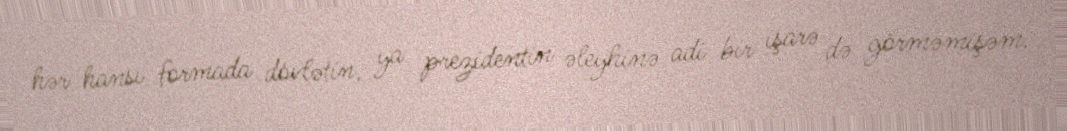
hər hansı formada dövlətin, ya prezidentin əleyhinə adi bir işarə də görməmişəm.